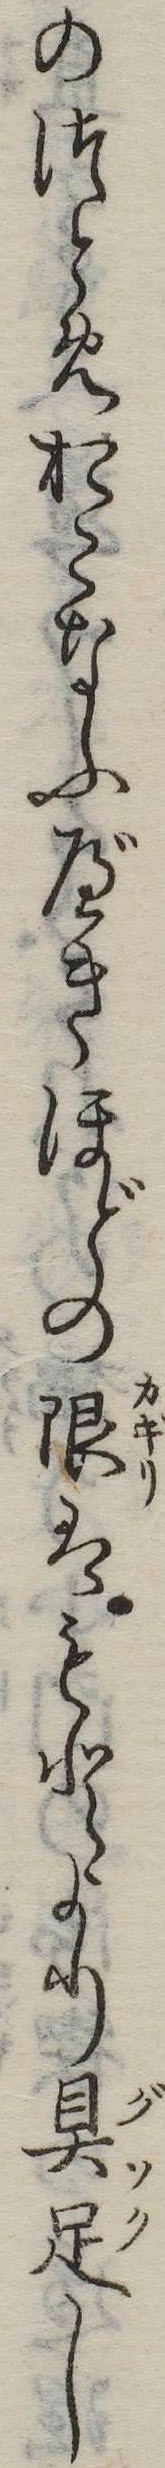
のつとめおこなふべきほどの限はもとより具足し